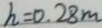
h = 0 . 2 8 m